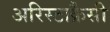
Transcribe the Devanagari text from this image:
अरिस्टाक्रैसी